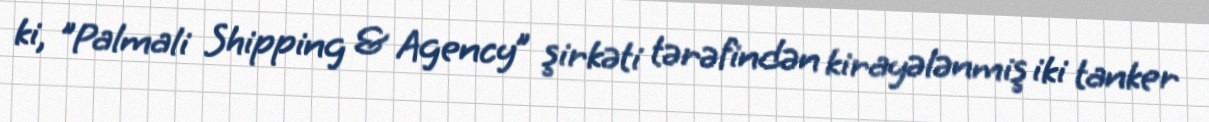
ki, "Palmali Shipping & Agency” şirkəti tərəfindən kirayələnmiş iki tanker